Scottish Leaving Certificate Examination, 1955
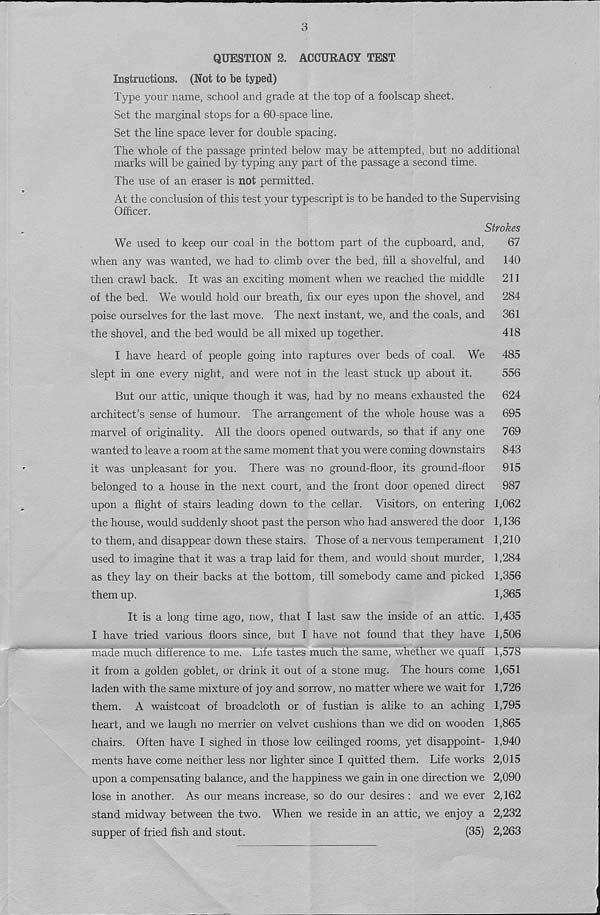
3
QUESTION 2. ACCURACY TEST
Instructions. (Not to be typed)
Type your name, school and grade at the top of a foolscap sheet.
Set the marginal stops for a 60-space line.
Set the line space lever for double spacing.
The whole of the passage printed below may be attempted, but no additional
marks will be gained by typing any part of the passage a second time.
The use of an eraser is not permitted.
At the conclusion of this test your typescript is to be handed to the Supervising
Officer.
Strokes
We used to keep our coal in the bottom part of the cupboard, and,
67
when any was wanted, we had to climb over the bed, fill a shovelful, and
140
then crawl back. It was an exciting moment when we reached the middle
211
of the bed. We would hold our breath, fix our eyes upon the shovel, and
284
poise ourselves for the last move. The next instant, we, and the coals, and
361
the shovel, and the bed would be all mixed up together.
418
I have heard of people going into raptures over beds of coal. We
485
slept in one every night, and were not in the least stuck up about it.
556
But our attic, unique though it was, had by no means exhausted the
624
architect’s sense of humour. The arrangement of the whole house was a
695
marvel of originality. All the doors opened outwards, so that if any one
769
wanted to leave a room at the same moment that you were coming downstairs
843
it was unpleasant for you. There was no ground-floor, its ground-floor
915
belonged to a house in the next court, and the front door opened direct
987
upon a flight of stairs leading down to the cellar. Visitors, on entering 1,062
the house, would suddenly shoot past the person who had answered the door 1,136
to them, and disappear down these stairs. Those of a nervous temperament 1,210
used to imagine that it was a trap laid for them, and would shout murder, 1,284
as they lay on their backs at the bottom, till somebody came and picked 1,356
them up.
1,365
It is a long time ago, now, that I last saw the inside of an attic. 1,435
I have tried various floors since, but I have not found that they have 1,506
made much difference to me. Life tastes much the same, whether we quaff 1,578
it from a golden goblet, or drink it out of a stone mug. The hours come 1,651
laden with the same mixture of joy and sorrow, no matter where we wait for 1,726
them. A waistcoat of broadcloth or of fustian is alike to an aching 1,795
heart, and we laugh no merrier on velvet cushions than we did on wooden 1,865
chairs. Often have I sighed in those low ceilinged rooms, yet disappoint- 1,940
ments have come neither less nor lighter since I quitted them. Life works 2,015
upon a compensating balance, and the happiness we gain in one direction we 2,090
lose in another. As our means increase, so do our desires : and we ever 2,162
stand midway between the two. When we reside in an attic, we enjoy a 2,232
supper of fried fish and stout.
(35) 2,263